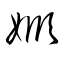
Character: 姫